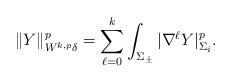
LaTeX: \begin{align*}\|Y\|^p_{W^{k,p}\delta} = \sum_{\ell=0}^{k} \int_{\Sigma_\pm}\vert \nabla^\ell Y\vert^p _{\Sigma_i}.\end{align*}